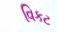
વિકટ